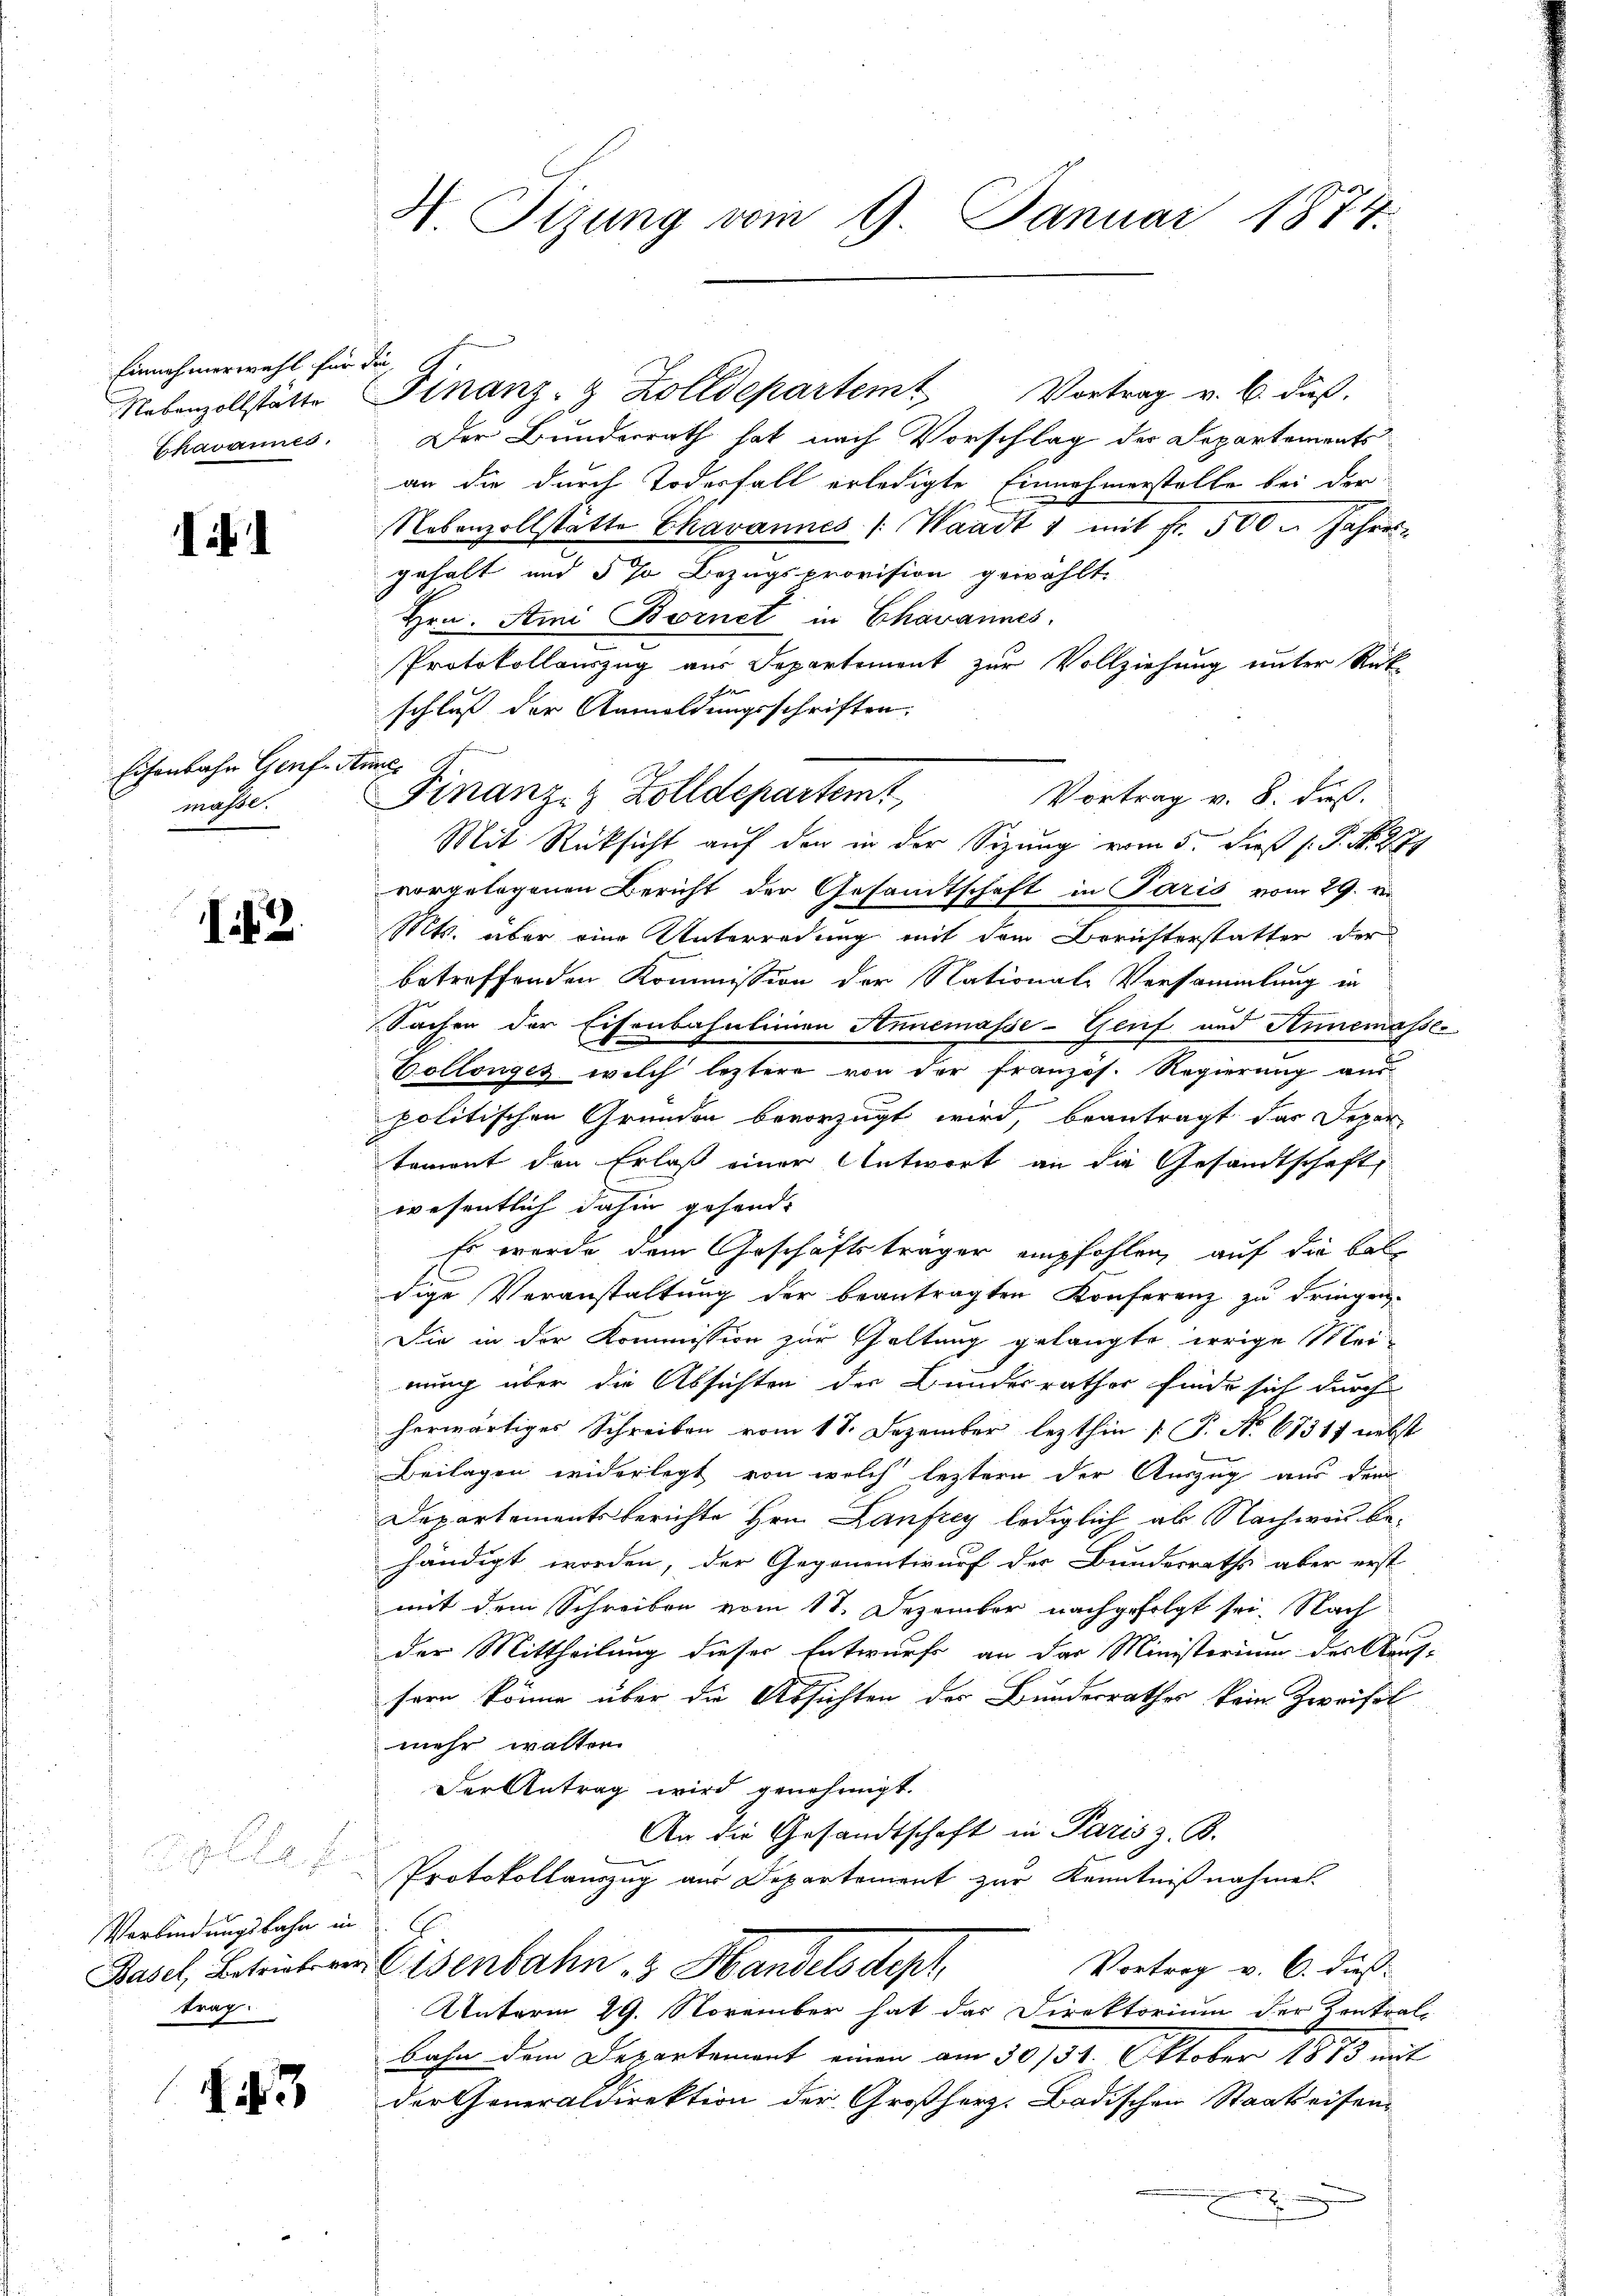
Einnahmerwahl für
Nebenzollstätte
Chavannes.

1

Eisenbahn Genf. der
maßi.

2.

Verbindungsbahn in
Basel, Betriebes vertrag.

43

H. Sizung vom 9. Januar 1874.

E
Der Bunderrath hat nach Vorschlag des Departements
an die durch Todesfall erledigte Einnahmerstelle bei der
Nebenzollstätte Ekavannes /: Waadt 1 mit Fr. 500. Jahres
gehalt und § 70 Bezugsprovision gewählt.
Hrn. Am Bornet in Chavannes.
Protokollauszug aus Departement zur Vollziehung unter Rück-
f
schluß der Anmeldungsschriften.
F
Vortrag v. 8. dieß.
Mit Rücksicht auf den in der Sitzung vom 5. dieß P. P. Nr. 279
vorgelegenen Bericht der Gesandtschaft in Paris vom 29. v.
Mts. über eine Unterredung mit dem Berichterstatter der
betreffenden Kommission der Nationale Versammlung in
Sachen der Eisenbahnlinen Annemasse-Genf und Annemas
Bollinges welch letztere von der französ. Regierung au
politischen Gründen bevorzugt wird, beantragt das Depar
tament den Erlaß einer Antwort an die Gesandtschaft,
wesentlich dahin gehand¬
Es wurde dem Geschäftsträger empfohlen, auf die bal¬
1
dige Veranstaltung der beantragten Konferenz zu dringen.
Die in der Kommission zur Geltung gelangte irrige Mei-
nung über die Absichten der Bundesrathes finde sich durch
herwärtiges Schreiben vom 18. Dezember lezthin [P. No 6731f nebst
Beilagen widerlegt, von welch leztern der Auszug aus den
Departementsberichte Hrn. Laufrey lediglich ab Nachweil behändigt worden, der Gegenentwurf der Bundesraths aber erst
mit dem Schreiben vom 17. Dezember nachgefolgt sei. Nach
der Mittheilung dieser Entwurf an der Ministerium des Art
sern könne über die Absichten der Bunderrathes kein Zweifel
mehr walten.
Der Antrag wird genehmigt.
An die Gesandtschaft in Paris z. B.
Protokollauszug aus Departement zur Kenntnißnahmen.
Vortrag v. 6. dieß
Eisenbahn 3 Handels depl
Unterm 29. November hat das Direktorium der Kontral-
bahn dem Departement einen am 30 134. Oktober 1873 mit
der Generaldirektion der Großherz. Badischen Staatseisen-
e

Finanz- & Zolldepartem Vortrag v. 6. dieβ.

Finanz- & Zolldepartem

.